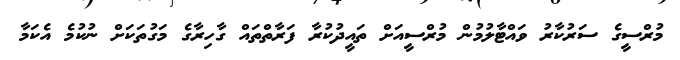
މުރްސީގެ ސަރުކާރު ވައްޓާލުމުން މުރްސީއަށް ތައީދުކުރާ ފަރާތްތައް ގާހިރާގެ މަގުތަކަށް ނުކުމެ އެކަމާ